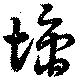
墉